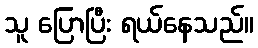
သူ ပြောပြီး ရယ်နေသည်။